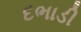
દભાડી